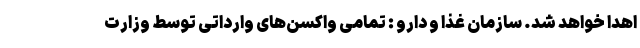
اهدا خواهد شد. سازمان غذا و دارو : تمامی واکسن‌های وارداتی توسط وزارت‌